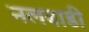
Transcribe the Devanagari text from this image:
नलबाडी